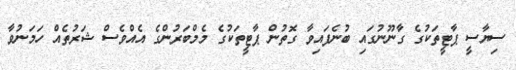
ސިޔާސީ ޕާޓީތަކުގެ ގާނޫނުގައި ބުނެފައިވާ ގޮތުން ޕާޓީތަކުގެ މެމްބަރުންގެ އެއްވެސް ޝަރުތެއް ހަމަނުވާ